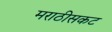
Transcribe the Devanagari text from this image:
मराठीसकट